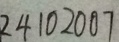
2 4 1 0 2 0 0 7